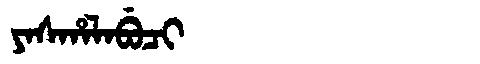
Manchu: ᠶᠠᠰᡥᠠᠯᠠᠪᡠᠴᡳ
Romanization: YASHALABUCI